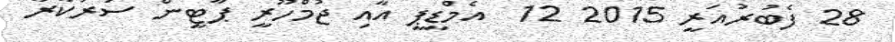
28 ފެބުރުއަރީ 2015 12  އެމްޑީޕީ އާއި ޖުމްހޫރީ ޕާޓީން ސަރުކާރާ